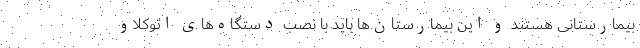
بیمارستانی هستند و این بیمارستان‌ها باید با نصب دستگاه‌های اتوکلاو